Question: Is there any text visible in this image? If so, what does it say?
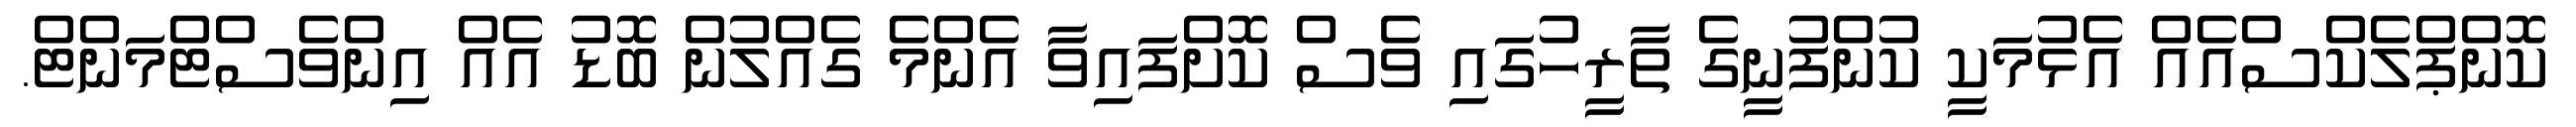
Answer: ކޮންޕްލެކްސްއެއް އެޅުމަކީ ކުންފުނީގެ ތާރީހުގައި ވެސް ކޮށްފައިވާ އެންމެ ގެއްލުން ބޮޑު އެއް އިންވެސްޓްމަންޓް.